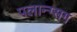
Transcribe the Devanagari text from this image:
पलान्ग्सग